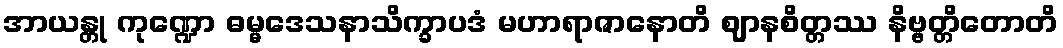
အာယန္တု ကုဏ္ဍော ဓမ္မဒေသနာသိက္ခာပဒံ မဟာရာဇာနောတိ ဈာနစိတ္တဿ နိဗ္ဗတ္တိတောတိ